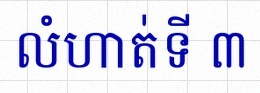
លំហាត់ទី ៣